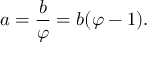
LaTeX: a = { \frac { b } { \varphi } } = b ( \varphi - 1 ) .